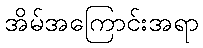
အိမ်အကြောင်းအရာ